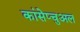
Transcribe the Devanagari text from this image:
कांसेप्चुअल